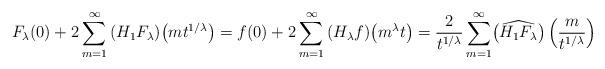
LaTeX: \begin{align*}{F_\lambda(0)}+2\sum_{m=1}^\infty{(H_1{F_\lambda})\bigr(m{t}^{1/\lambda}\bigr)}=f(0)+2\sum_{m=1}^\infty{(H_\lambda{f})\bigr(m^\lambda{t}\bigr)}=\frac{2}{{t}^{1/\lambda}}\sum_{m=1}^\infty\bigr(\widehat{H_1{F_\lambda}}\bigr)\left(\frac{m}{{t}^{1/\lambda}}\right)\end{align*}